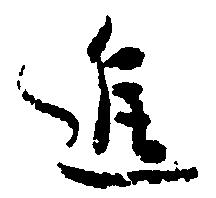
進